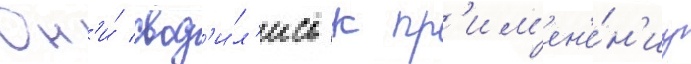
Он'и́ свод'и́л'ись к пр'им'ен'е́н'иу